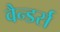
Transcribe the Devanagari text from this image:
वैन्डर्स